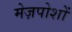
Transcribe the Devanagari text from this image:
मेज़पोशों